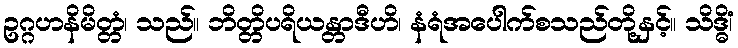
ဥဂ္ဂဟနိမိတ္တံ၊ သည်။ ဘိတ္တိပရိယန္တာဒီဟိ၊ နံရံအပေါက်စသည်တို့နှင့်။ သိဒ္ဓိံ၊